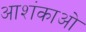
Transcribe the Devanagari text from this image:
आशंकाओ